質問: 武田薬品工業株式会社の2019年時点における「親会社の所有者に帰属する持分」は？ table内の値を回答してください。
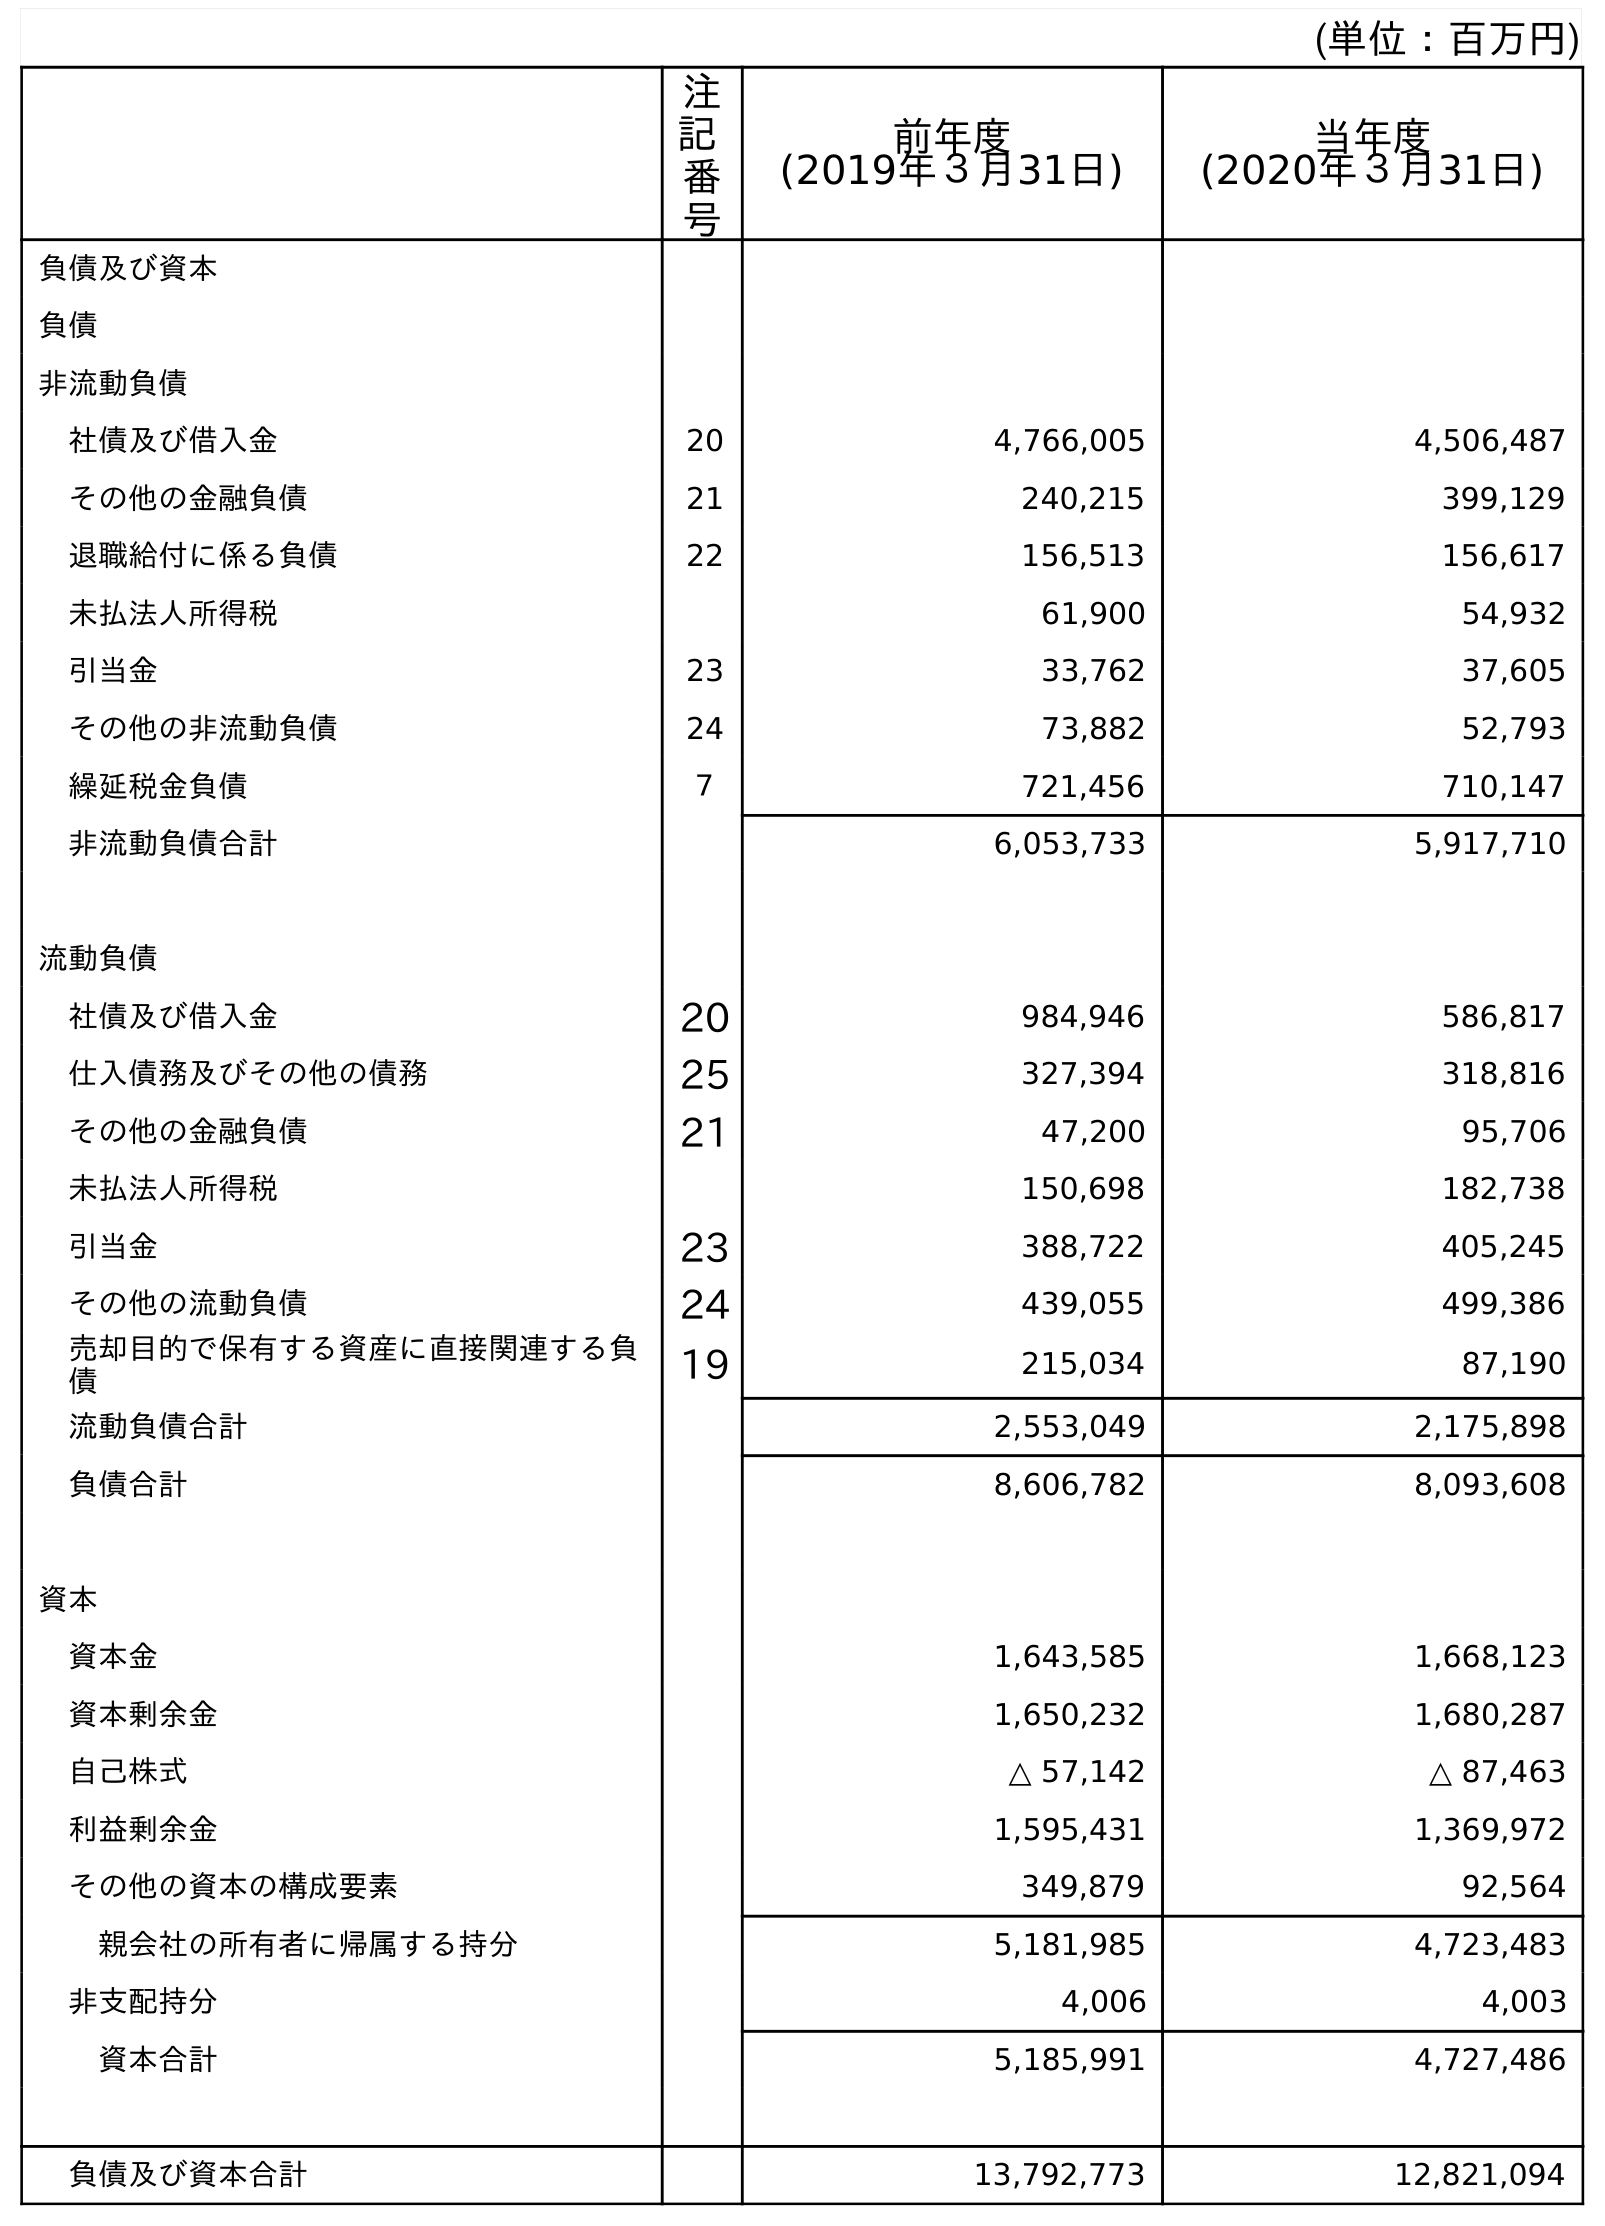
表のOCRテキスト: (単位：百万円) 注 記 番 号 前年度 (2019年３月31日) 当年度 (2020年３月31日) 負債及び資本 負債 非流動負債 社債及び借入金 20 4,766,005 4,506,487 その他の金融負債 21 240,215 399,129 退職給付に係る負債 22 156,513 156,617 未払法人所得税 61,900 54,932 引当金 23 33,762 37,605 その他の非流動負債 24 73,882 52,793 繰延税金負債 ７ 721,456 710,147 非流動負債合計 6,053,733 5,917,710 流動負債 社債及び借入金 20 984,946 586,817 仕入債務及びその他の債務 25 327,394 318,816 その他の金融負債 21 47,200 95,706 未払法人所得税 150,698 182,738 引当金 23 388,722 405,245 その他の流動負債 24 439,055 499,386 売却目的で保有する資産に直接関連する負 債 19 215,034 87,190 流動負債合計 2,553,049 2,175,898 負債合計 8,606,782 8,093,608 資本 資本金 1,643,585 1,668,123 資本剰余金 1,650,232 1,680,287 自己株式 △ 57,142 △ 87,463 利益剰余金 1,595,431 1,369,972 その他の資本の構成要素 349,879 92,564 親会社の所有者に帰属する持分 5,181,985 4,723,483 非支配持分 4,006 4,003 資本合計 5,185,991 4,727,486 負債及び資本合計 13,792,773 12,821,094
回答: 5,181,985